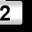
Digit: 2